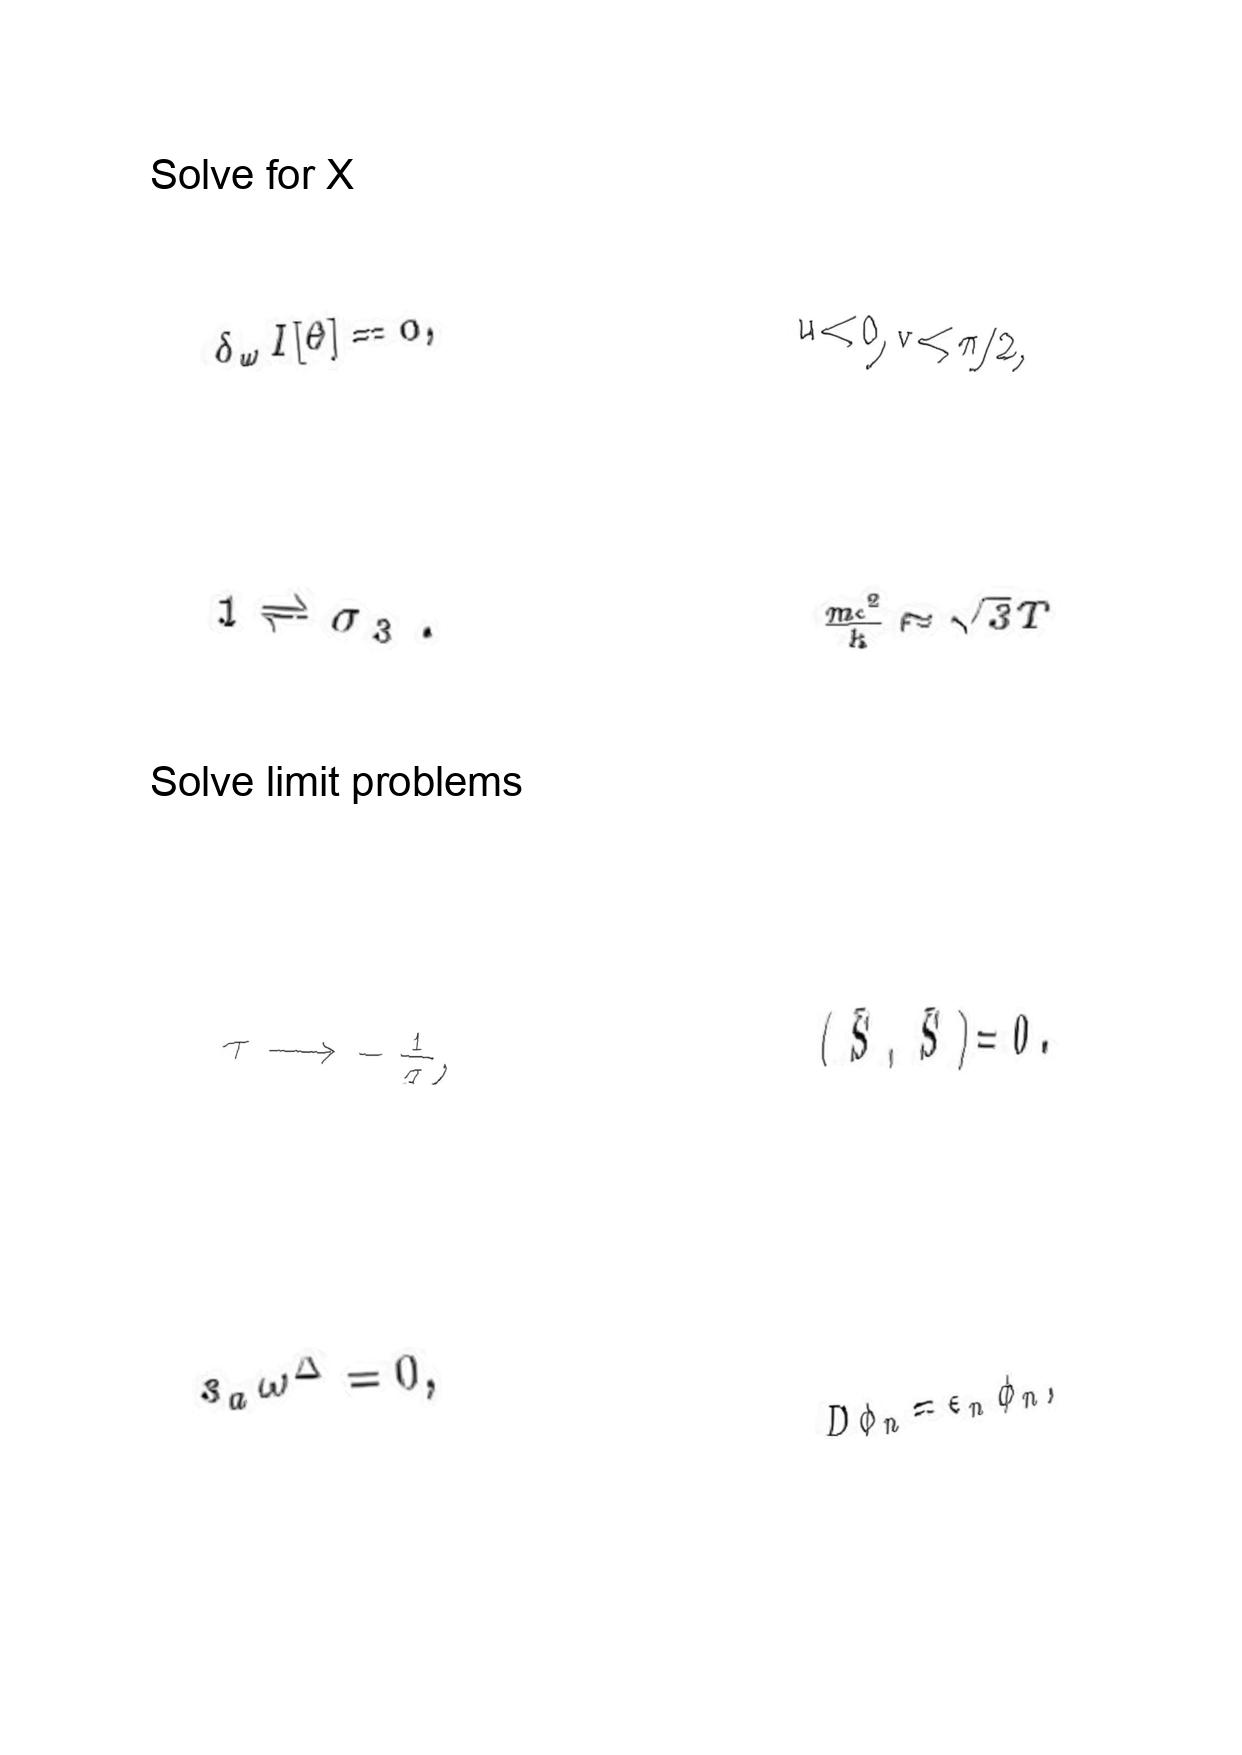
LaTeX transcription:
\delta _ { \omega } I \lbrack \theta \rbrack = 0 ,
1 \rightleftharpoons \sigma _ { 3 } .
\tau \longrightarrow - \frac { 1 } { \tau } ,
s _ { a } \omega ^ { \Delta } = 0 ,
u \lt 0 , v \lt \pi / 2 ,
\frac { m c ^ { 2 } } { k } \approx \sqrt { 3 } T
\lparen \bar { S } , \bar { S } \rparen = 0 .
D \phi _ { n } = \epsilon _ { n } \phi _ { n } ,